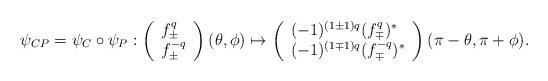
LaTeX: \begin{align*}\psi_{CP} = \psi_C \circ \psi_P : \left(\begin{array}{l}f_\pm^{q} \\ f_\pm^{-q}\end{array}\right) (\theta, \phi)\mapsto \left(\begin{array}{l}(-1)^{(1 \pm 1) q} (f^{ q}_\mp)^* \\(-1)^{(1 \mp 1) q} (f^{-q}_\mp)^* \end{array}\right) (\pi - \theta, \pi + \phi).\end{align*}